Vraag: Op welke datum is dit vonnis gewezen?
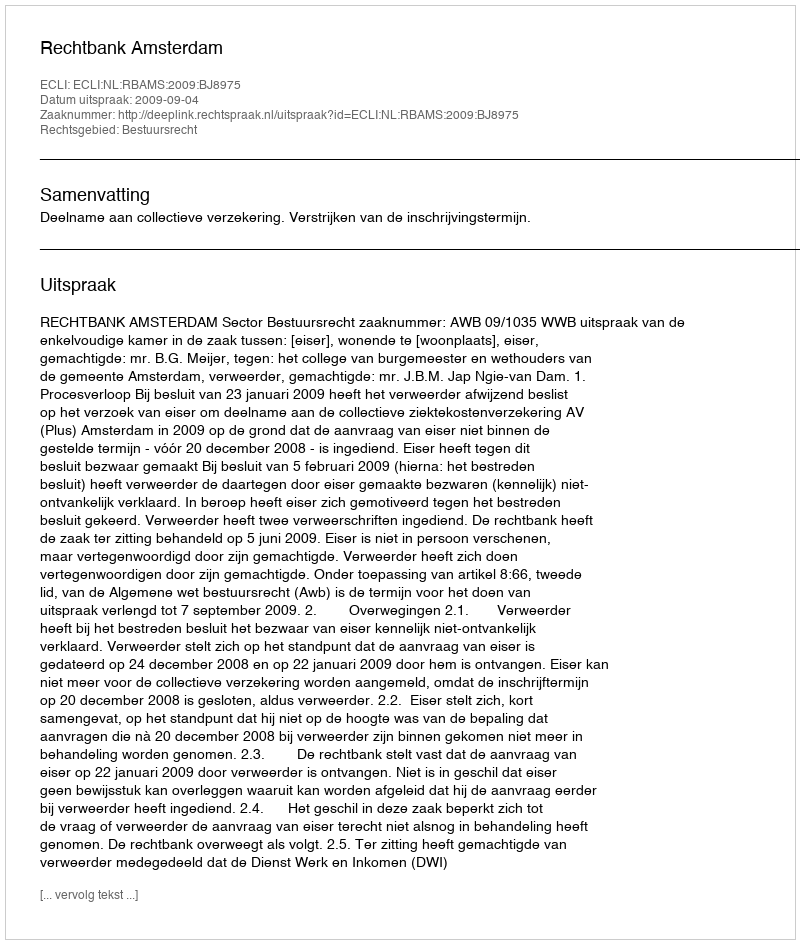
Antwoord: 2009-09-04